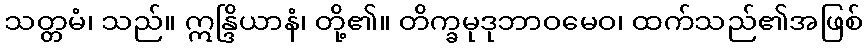
သတ္တမံ၊ သည်။ ဣန္ဒြိယာနံ၊ တို့၏။ တိက္ခမုဒုဘာဝမေဝ၊ ထက်သည်၏အဖြစ်